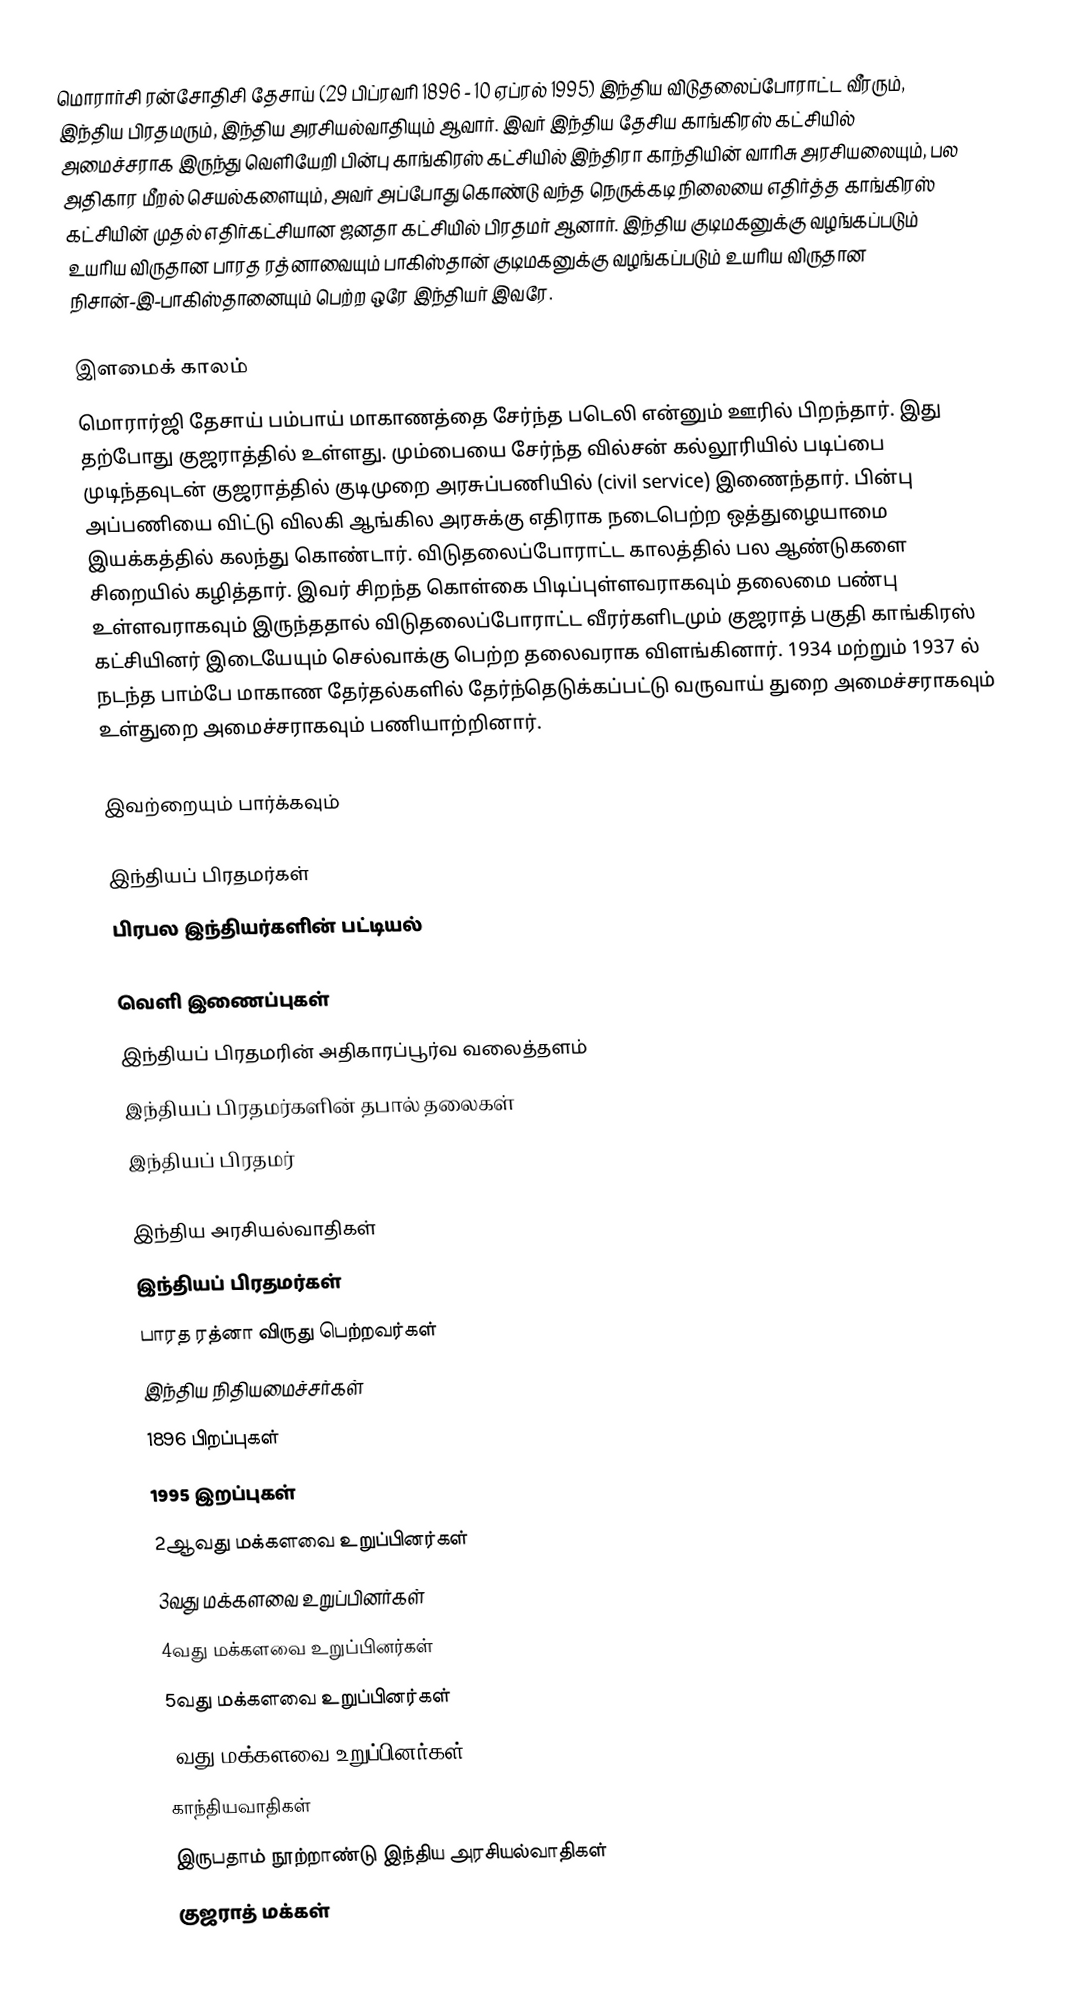
மொரார்சி ரன்சோதிசி தேசாய் (29 பிப்ரவரி 1896 - 10 ஏப்ரல் 1995) இந்திய விடுதலைப்போராட்ட வீரரும், இந்திய பிரதமரும், இந்திய அரசியல்வாதியும் ஆவார். இவர் இந்திய தேசிய காங்கிரஸ் கட்சியில் அமைச்சராக இருந்து வெளியேறி பின்பு காங்கிரஸ் கட்சியில் இந்திரா காந்தியின் வாரிசு அரசியலையும், பல அதிகார மீறல் செயல்களையும், அவர் அப்போது கொண்டு வந்த நெருக்கடி நிலையை எதிர்த்த காங்கிரஸ் கட்சியின் முதல் எதிர்கட்சியான ஜனதா கட்சியில் பிரதமர் ஆனார். இந்திய குடிமகனுக்கு வழங்கப்படும் உயரிய விருதான பாரத ரத்னாவையும் பாகிஸ்தான் குடிமகனுக்கு வழங்கப்படும் உயரிய விருதான நிசான்-இ-பாகிஸ்தானையும் பெற்ற ஒரே இந்தியர் இவரே.

இளமைக் காலம்
மொரார்ஜி தேசாய் பம்பாய் மாகாணத்தை சேர்ந்த படெலி என்னும் ஊரில் பிறந்தார். இது தற்போது குஜராத்தில் உள்ளது. மும்பையை சேர்ந்த வில்சன் கல்லூரியில் படிப்பை முடிந்தவுடன் குஜராத்தில் குடிமுறை அரசுப்பணியில் (civil service) இணைந்தார். பின்பு அப்பணியை விட்டு விலகி ஆங்கில அரசுக்கு எதிராக நடைபெற்ற ஒத்துழையாமை இயக்கத்தில் கலந்து கொண்டார். விடுதலைப்போராட்ட காலத்தில் பல ஆண்டுகளை சிறையில் கழித்தார். இவர் சிறந்த கொள்கை பிடிப்புள்ளவராகவும் தலைமை பண்பு உள்ளவராகவும் இருந்ததால் விடுதலைப்போராட்ட வீரர்களிடமும் குஜராத் பகுதி காங்கிரஸ் கட்சியினர் இடையேயும் செல்வாக்கு பெற்ற தலைவராக விளங்கினார். 1934 மற்றும் 1937 ல் நடந்த பாம்பே மாகாண தேர்தல்களில் தேர்ந்தெடுக்கப்பட்டு வருவாய் துறை அமைச்சராகவும் உள்துறை அமைச்சராகவும் பணியாற்றினார்.

இவற்றையும் பார்க்கவும்

 இந்தியப் பிரதமர்கள்
 பிரபல இந்தியர்களின் பட்டியல்

வெளி இணைப்புகள்
 இந்தியப் பிரதமரின் அதிகாரப்பூர்வ வலைத்தளம்
 இந்தியப் பிரதமர்களின் தபால் தலைகள்
 இந்தியப் பிரதமர்

இந்திய அரசியல்வாதிகள்
இந்தியப் பிரதமர்கள்
பாரத ரத்னா விருது பெற்றவர்கள்
இந்திய நிதியமைச்சர்கள்
1896 பிறப்புகள்
1995 இறப்புகள்
2ஆவது மக்களவை உறுப்பினர்கள்
3வது மக்களவை உறுப்பினர்கள்
4வது மக்களவை உறுப்பினர்கள்
5வது மக்களவை உறுப்பினர்கள்
6வது மக்களவை உறுப்பினர்கள்
காந்தியவாதிகள்
இருபதாம் நூற்றாண்டு இந்திய அரசியல்வாதிகள்
குஜராத் மக்கள்